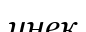
инек